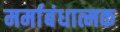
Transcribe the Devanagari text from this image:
मर्माबंधात्मक